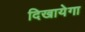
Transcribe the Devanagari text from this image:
दिखायेगा